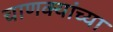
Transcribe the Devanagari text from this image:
चाणक्यांच्या